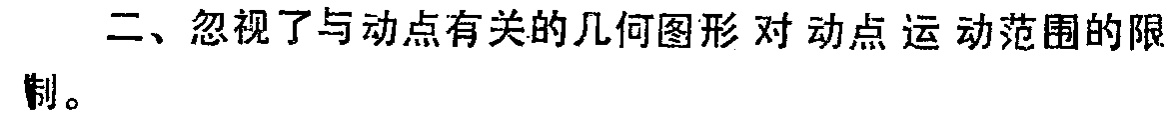
二、忽视了与动点有关的几何图形对动点运动范围的限制。